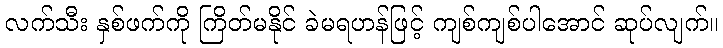
လက်သီး နှစ်ဖက်ကို ကြိတ်မနိုင် ခဲမရဟန်ဖြင့် ကျစ်ကျစ်ပါအောင် ဆုပ်လျက်။